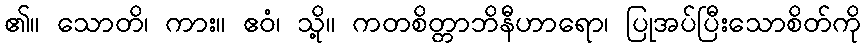
၏။ သောတိ၊ ကား။ ဧဝံ၊ သို့။ ကတစိတ္တာဘိနီဟာရော၊ ပြုအပ်ပြီးသောစိတ်ကို